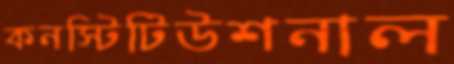
কনস্টিটিউশনাল